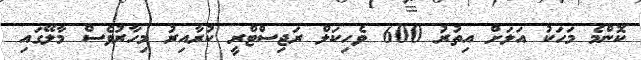
ކޮންމެ މަހަކު އަލަށް އިތުރު 600 ވެހިކަލް ރަޖިސްޓްރީ ކުރާއިރު މިހާރުވެސް މާލޭގައި